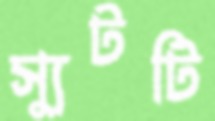
স্যুটটি